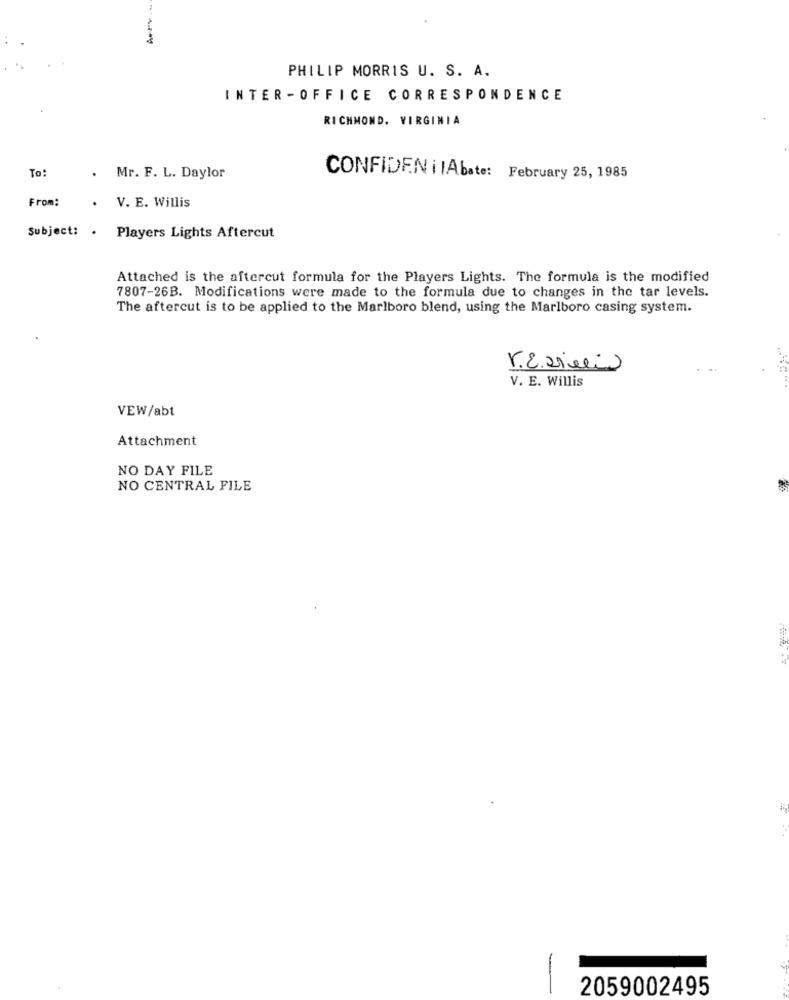
PHILIP MORRIS U. S. A.
INTER -OFFICE CORRESPONDENCE
RICHMOND, VIRGINIA
To:
. Mr. F. L. Daylor
CONFIDEN i lAbate: February 25, 1985
From:
. V. E. Willis
Subject: . Players Lights Aftercut
Attached is the aftercut formula for the Players Lights. The formula is the modified
7807-26B. Modifications were made to the formula due to changes in the tar levels.
The aftercut is to be applied to the Marlboro blend, using the Marlboro casing system.
razielio
V. E. Willis
VEW/abt
Attachment
NO DAY FILE
NO CENTRAL FILE
2059002495